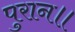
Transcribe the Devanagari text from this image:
पुरान॥